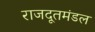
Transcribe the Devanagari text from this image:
राजदूतमंडल